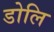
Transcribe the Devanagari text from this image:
डोलि